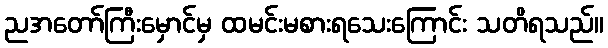
ညအတော်ကြီးမှောင်မှ ထမင်းမစားရသေးကြောင်း သတိရသည်။